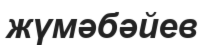
жүмәбәйев